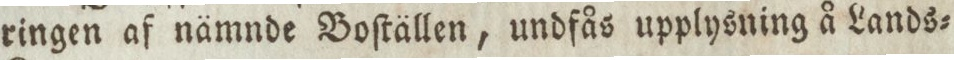
ringen af nämnde Boſtällen, undfås upplysning å Lands=